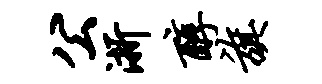
公浙醇旗